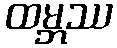
ထမ္ဘဿ